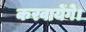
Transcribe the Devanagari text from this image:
करवायेंगे।